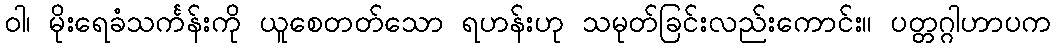
ဝါ၊ မိုးရေခံသင်္ကန်းကို ယူစေတတ်သော ရဟန်းဟု သမုတ်ခြင်းလည်းကောင်း။ ပတ္တဂ္ဂါဟာပက